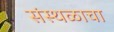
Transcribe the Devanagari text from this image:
संस्थळाचा